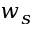
w _ { s }